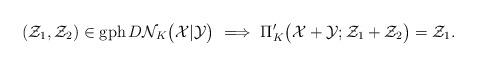
LaTeX: \begin{align*} (\mathcal{Z}_1,\mathcal{Z}_2)\in {\rm gph}\,D\mathcal{N}_{K}\big(\mathcal{X}|\mathcal{Y}\big) \ \Longrightarrow\ \Pi'_{K}\big(\mathcal{X}+\mathcal{Y};\mathcal{Z}_1+\mathcal{Z}_2\big)=\mathcal{Z}_1. \end{align*}